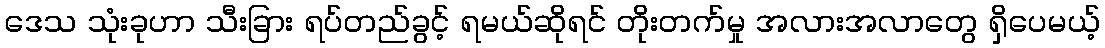
ဒေသ သုံးခုဟာ သီးခြား ရပ်တည်ခွင့် ရမယ်ဆိုရင် တိုးတက်မှု အလားအလာတွေ ရှိပေမယ့်